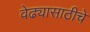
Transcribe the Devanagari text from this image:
वेढ्यासाठीचे